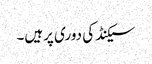
سیکنڈ کی دوری پرہیں۔